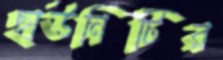
ছাউনিটির